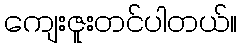
ကျေးဇူးတင်ပါတယ်။